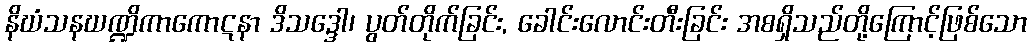
နိဃံသနဃဏ္ဍိကာကောဋနာ ဒိသဒ္ဒေါ၊ ပွတ်တိုက်ခြင်း, ခေါင်းလောင်းတီးခြင်း အစရှိသည်တို့ကြောင့်ဖြစ်သော